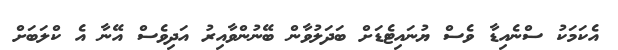
އެކަމަކު ސްނެއިޑާ ވެސް ޔުނައިޓެޑަށް ބަދަލުވާން ބޭނުންވާއިރު އަދިވެސް އޭނާ އެ ކްލަބަށް